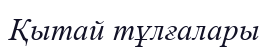
Қытай тұлғалары